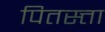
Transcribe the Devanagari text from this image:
पितस्त्ता